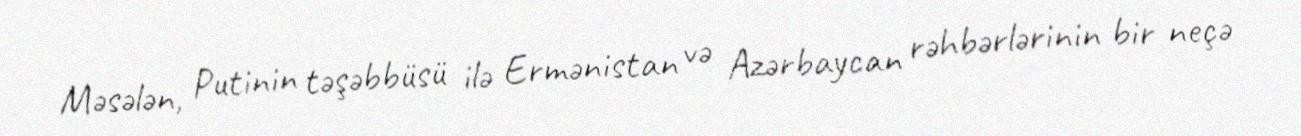
Məsələn, Putinin təşəbbüsü ilə Ermənistan və Azərbaycan rəhbərlərinin bir neçə